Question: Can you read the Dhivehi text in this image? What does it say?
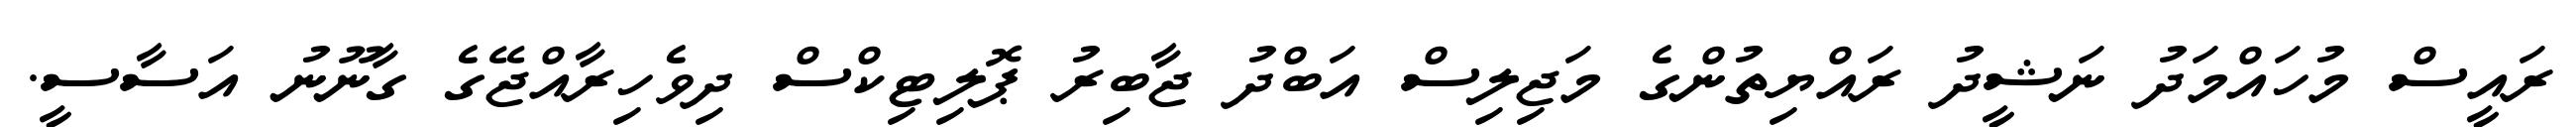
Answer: ރައީސް މުހައްމަދު ނަޝީދު ރައްޔިތުންގެ މަޖިލިސް އަބްދު ޖާބިރު ޕޮލިޓިކްސް ދިވެހިރާއްޖޭގެ ގާނޫނު އަސާސީ.